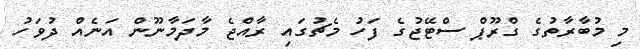
މި މުބާރާތުގެ ގްރޫޕް ސްޓޭޖުގެ ފަހު މެޗުގައި ރާއްޖެ މާދަމާނޫން އަނެއް ދުވަހު